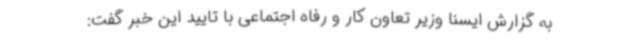
به گزارش ایسنا وزیر تعاون کار و رفاه اجتماعی با تایید این خبر گفت: